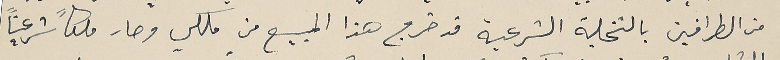
من الطرافين بالتخلية الشرعية قد خرج هذا المبيع من ملكي وصار ملكاً شرعياً